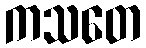
ကသတေ